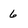
Character: 6